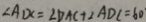
\angle A D C = \angle D A C + \angle A D C = 6 0